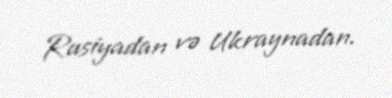
Rusiyadan və Ukraynadan.